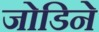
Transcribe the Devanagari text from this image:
जोडिने